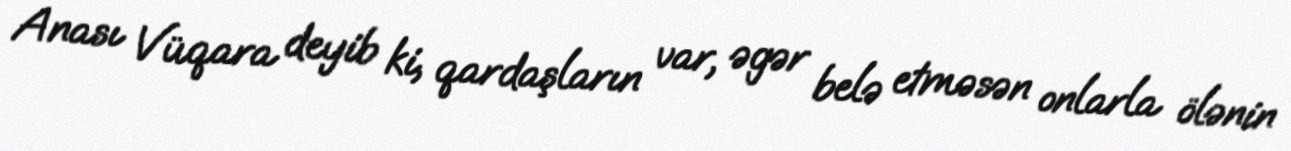
Anası Vüqara deyib ki, qardaşların var, əgər belə etməsən onlarla ölənin